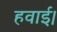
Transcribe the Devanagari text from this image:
हवाई।